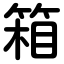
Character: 箱